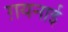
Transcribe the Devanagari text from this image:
ग़यनाई